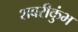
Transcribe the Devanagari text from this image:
शबरीकुंभ